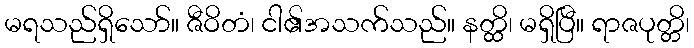
မရသည်ရှိသော်။ ဇီဝိတံ၊ ငါ၏အသက်သည်။ နတ္ထိ၊ မရှိပြီ။ ရာဇပုတ္တိ၊